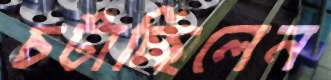
চটাচ্ছিলেন